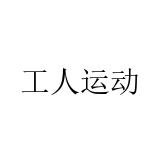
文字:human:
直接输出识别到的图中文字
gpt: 工人运动